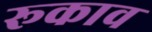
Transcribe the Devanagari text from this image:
रूकाव